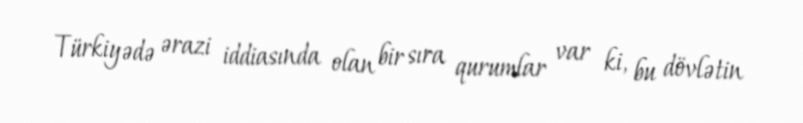
Türkiyədə ərazi iddiasında olan bir sıra qurumlar var ki, bu dövlətin